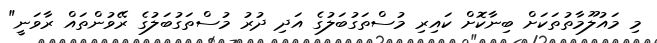
މި މައުލޫމާތުތަކަށް ބިނާކޮށް ކައިރި މުސްތަގުބަލުގެ އަދި ދުރު މުސްތަގުބަލުގެ ރޭވުންތައް ރާވަނީ"